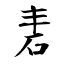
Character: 砉